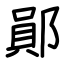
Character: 鄖